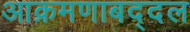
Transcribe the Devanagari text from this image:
आक्रमणाबद्दल